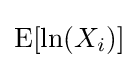
\operatorname {E} [\ln(X_{i})]